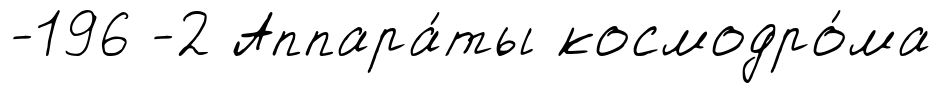
-196 -2 Аппара́ты космодро́ма